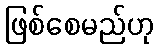
ဖြစ်စေမည်ဟု